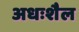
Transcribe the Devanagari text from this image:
अधःशैल